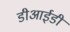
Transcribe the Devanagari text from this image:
डीआईडी